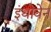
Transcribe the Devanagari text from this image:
इंथोवेन